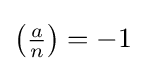
\left({\tfrac {a}{n}}\right)=-1